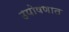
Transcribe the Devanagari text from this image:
उपोषणात